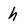
Character: h